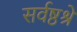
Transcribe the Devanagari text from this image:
सर्वष्ठश्रे